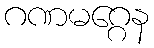
ဂဏမဂ္ဂေန